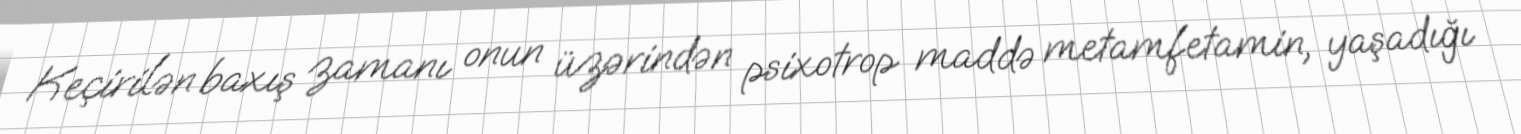
Keçirilən baxış zamanı onun üzərindən psixotrop maddə metamfetamin, yaşadığı